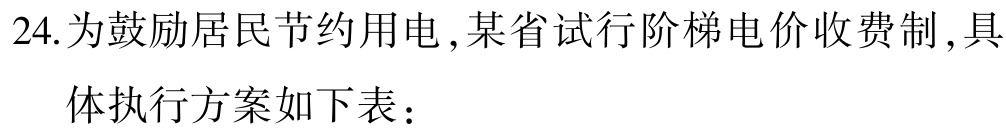
24.为鼓励居民节约用电,某省试行阶梯电价收费制,具

体执行方案如下表：